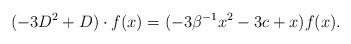
LaTeX: \begin{align*}(-3D^2+D)\cdot f(x)=(-3\beta^{-1}x^{2}-3c+x)f(x).\end{align*}